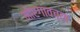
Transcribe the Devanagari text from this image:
मोरगावच्या